King Institute of Preventive Medicine Micro-Biological Section reports 1909-11
Year: 1909
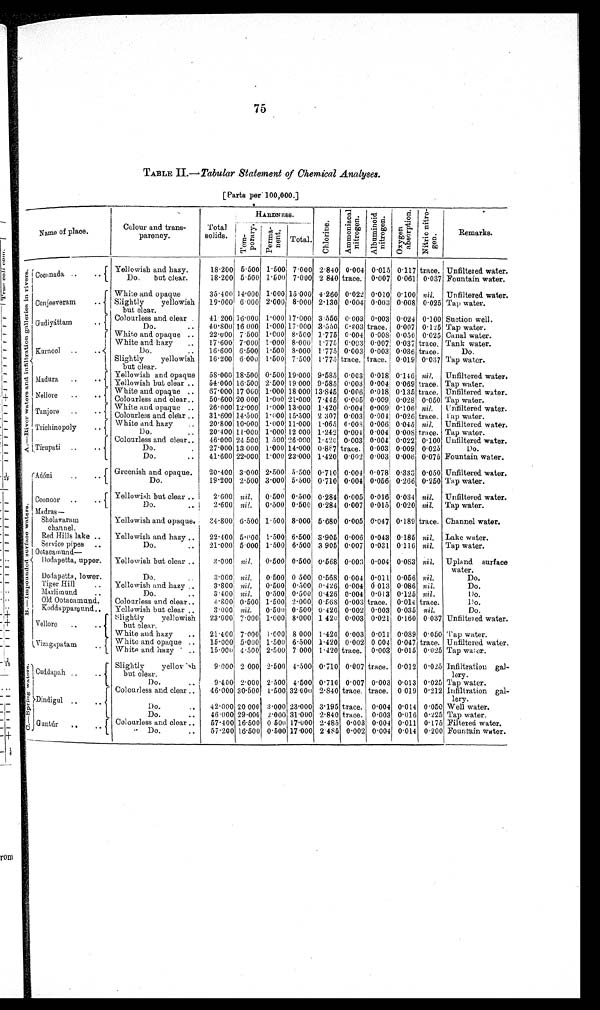
75
TABLE II.— Tabular Statement of Chemical Analyses
[Parts per 100,000.]
N a m e o f p l a c e .
Colour and
transparency.
Total solids.
HARDNE S S .
Chorine. A m m o n i a c a l n i t r o g e n .
A l b u mi n o i d n i t r o g e n .
O x y g e n a b s o r p t i o n .
N i t r i c n i t r o g e n .
Remarks.
Temporary. Per manent .
Total.
A . — R i v e r w a t e r s a n d i n f i l t r a t i o n g a l l e r i e s i n r i v e r s .
Cocanada
Yellowish and hazy.
18·200 5·500 1·500 7·000 2·840 0·004 0·015 0·117 trace. Unfiltered water.
Do. but clear.
18·200 5·500 1·500 7·000 2· 840
trace. 0·007 0·061 0·037 Fountain water.
Conjeeveram
White and opaque
35·400 14·000 1·000 15·000 4·260 0·022 0·010 0·100 nil. Unfiltered water.
Slightly yellowish
but clear.
19·000 6·000 2·000 8·000 2·130 0·004 0·003 0·008 0·025 Tap water.
Gudiyáttam
Colourless and clear
41·200 16·000 1·000 17·000 3·550 0·003 0·003 0·024 0·100 Suction well.
Do.
40·800 16·000 1·000 17·000 3·550 0·003 trace. 0·007 0·125 Tap water.
Kurnool
White and opaque
22·000 7·500 1·000 8·500 1·775 0·004 0·008 0·056 0·025 Canal water.
White and hazy
17·600 7·000 1·000 8·000 1·775 0·003 0·007 0·037 trace. Tank water.
Do.
16·600 6·500 1·500 8·000 1·775 0·003 0·003 0·036 trace.
Do.
Slightly yellowish
but clear.
16·200 6·000 1·500 7·500 1·775 trace. trace. 0·019 0·037 Tap water
.
Madura
Yellowish and opaque
58·000 18·500 0·500 19·000 9·585 0·003 0·018 0·146 nil. Unfiltered water.
Yellowish but clear
54·000 16·500 2·500 19·000 9·585 0·003 0·004 0·069 trace. Tap water.
Nellore
White and opaque
67·000 17·000 1·000 18·000 13·845 0·006 0·018 0·135 trace. Unfiltered water.
Colourless and clear
50·600 20 000 1·000 21·000 7·445 0·005 0·009 0·028 0·050 Tap water.
Tanjore
White and opaque
26·000 12·000 1·000 13·000 1·420 0·004 0·009 0·106 nil.
Unfiltered water.
Colourless and clear
31·600 14·500 1·000 15·500 2 307 0·003 0·004 0·026 trace. Tap water.
Trichinopoly
White and hazy
20·800 10·000 1·000 11·000 1·065 0·008 0·006 0·015 nil. Unfiltered water.
Do.
20·400 11·000 1·000 12 000 1·242 0·004 0·004 0·008 trace. Tap water.
Tirupati
Colourless and clear
46·000 24 500 1 500 26·000 1·420 0·003 0·004 0·022 0·100 Unfiltered water.
Do.
27·000 13·000 1·000 14·000 0·887 trace. 0·003 0·009 0·025
Do.
Do.
41·600 22·000 1·000 23·000 1·420 0·002 0·003 0·006 0·075 Fountain water.
B . —I m p o u n d e d s u r f a c e w a t e r s .
Adóni
Greenish and opaque.
20·400 3·000 2·500 5·500 0·710 0·004 0·078 0·333 0·050 Unfiltered water.
Do.
19·200 2·500 3·000 5·500 0·710 0·004 0·056 0·266 0·250 Tap water.
Coonoor
Yellowish but clear
2·600 nil.
0·500 0·500 0·284 0·005 0·016 0·034 nil. Unfiltered water.
Do.
2·600 nil.
0·500 0·500 0·284 0·007 0·015 0·020 nil. Tap water.
Madras
—Sholavara
m channel.
Yellowish and opaque.
34·800 6·500 1·500 8·000 5·680 0·005 0·047 0·189 trace. Channel water.
Red Hills lake
Yellowish and hazy
22·400 5·000 1·500 6·500 3·905 0·006 0·043 0·185 nil. Lake water·
Service pipes
Do.
21·000 5·000 1·500 6·500 3 905 0·007 0·031 0·116 nil. Tap water·
Ootacamund
—Dodapetta, upper.
Yellowish but clear
3·000
nil
.
0·500 0·500 0·568 0·003 0·004 0·083
nil.
Upland surface
water.
Dodapetta, lower.
Do.
3·000
nil
.
0·500 0 500 0·568 0·004 0·011 0·056
nil.
Do.
Tiger Hill
Yellowish and hazy
3·800
nil
.
0·500 0·500 0·426 0·004 0·013 0·086
nil.
Do.
Marlimund
Do.
3·400
nil
.
0·500 0·500 0·426 0·001 0·013 0·125
nil.
Do.
Old Ootacamund
Colourless and clear
4·800 0·500 1·500 2·000 0·568 0·003
trace
.
0·014
trace.
Do.
Koddappamund
Yellowish but clear
3·000
nil
.
0·500 0·500 0·426 0·002 0·003 0·035
nil.
Do.
Vellore
Slightly yellowish
but clear.
23·000 7·000 1·000 8·000 1 420 0·003 0·021 0·160 0·037 Unfiltered water.
White and hazy
21·100 7·000 1·000 8 000 1·420 0·003 0·011 0·089 0·050 Tap water.
V i z a g a p a t a m White and opaque
15·000 5·000 1·500 6·500 1·420 0·002 0 004 0·047
trace.
Unfiltered water.
White and hazy
15·000 4·500 2·500 7 000 1·420
trace
.
0·003 0·015 0·025 Tap water.
C . — S p r i n g w a t e r s . Cuddapah
Slightly yello
[ILL]h but clear.
9·000 2 000 2·500 4·500 0·710 0·007
trace
.
0·012 0·025 Infiltration gal
lery.
Do.
9·400 2·000 2·500 4·500 0·710 0·007 0·003 0·013 0·025 Tap water.
Dindigul
Colourless and clear
46·000 30·500 1·500 32·000 2·840
trace
.
trace
.
0 019 0·212 Infiltration gal
lery.
Do
.
42·000 20 000 3·000 23·000 3·195
trace
.
0·004 0·014 0·050 Well water.
Do.
46·000 29·000 2·000 31·000 2·840
trace
.
0·003 0·016 0·225 Tap water.
Guntúr
C
olourless and clear
57·100 16·500 0 500 17·000 2·485 0·003 0·004 0·011 0·175 Filtered water.
Do.
57·200 16·500 0·500 17·000 2·485 0·002 0·004 0·014 0·200 Fountain water.